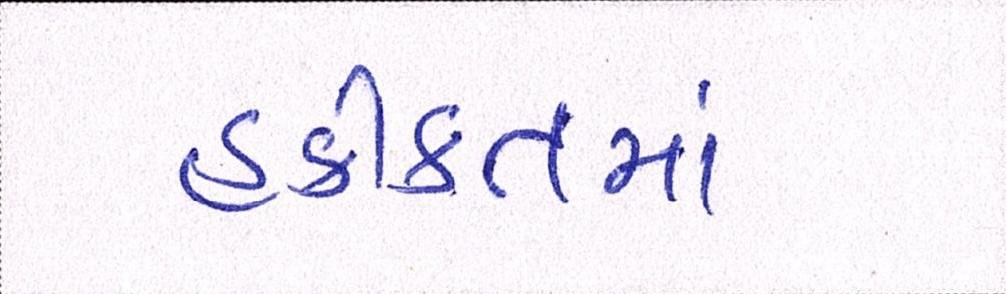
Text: હકીકતમાં